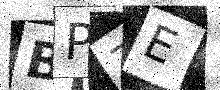
Text: BP7E